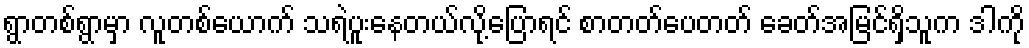
ရွာတစ်ရွာမှာ လူတစ်ယောက် သရဲပူးနေတယ်လို့ပြောရင် စာတတ်ပေတတ် ခေတ်အမြင်ရှိသူက ဒါကို